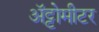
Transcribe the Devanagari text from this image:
अॅट्टोमीटर